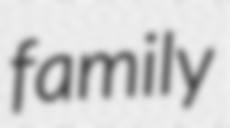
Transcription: family